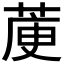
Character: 𦳅